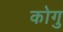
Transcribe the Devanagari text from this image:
कोगु